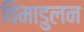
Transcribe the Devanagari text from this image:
विमाडुलन